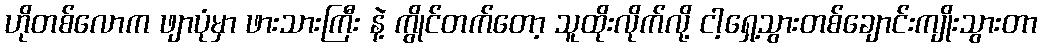
ဟိုတစ်လောက ဖျာပုံမှာ ဖားသားကြီး နဲ့ ကွိုင်တက်တော့ သူထိုးလိုက်လို့ ငါ့ရှေ့သွားတစ်ချောင်းကျိုးသွားတာ